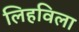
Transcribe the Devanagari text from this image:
लिहविला